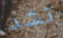
تشد